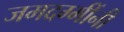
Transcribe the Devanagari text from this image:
जमदग्मींनी